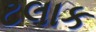
ટલાક